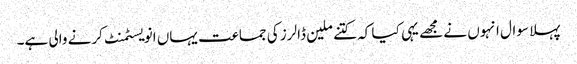
پہلا سوال انہوں نے مجھے یہی کیا کہ کتنے ملین ڈالرز کی جماعت یہاں انویسٹمنٹ کرنے والی ہے۔